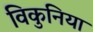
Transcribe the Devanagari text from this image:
विकुनिया